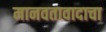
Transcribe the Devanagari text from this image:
मानवतावादाचा